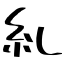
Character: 糺